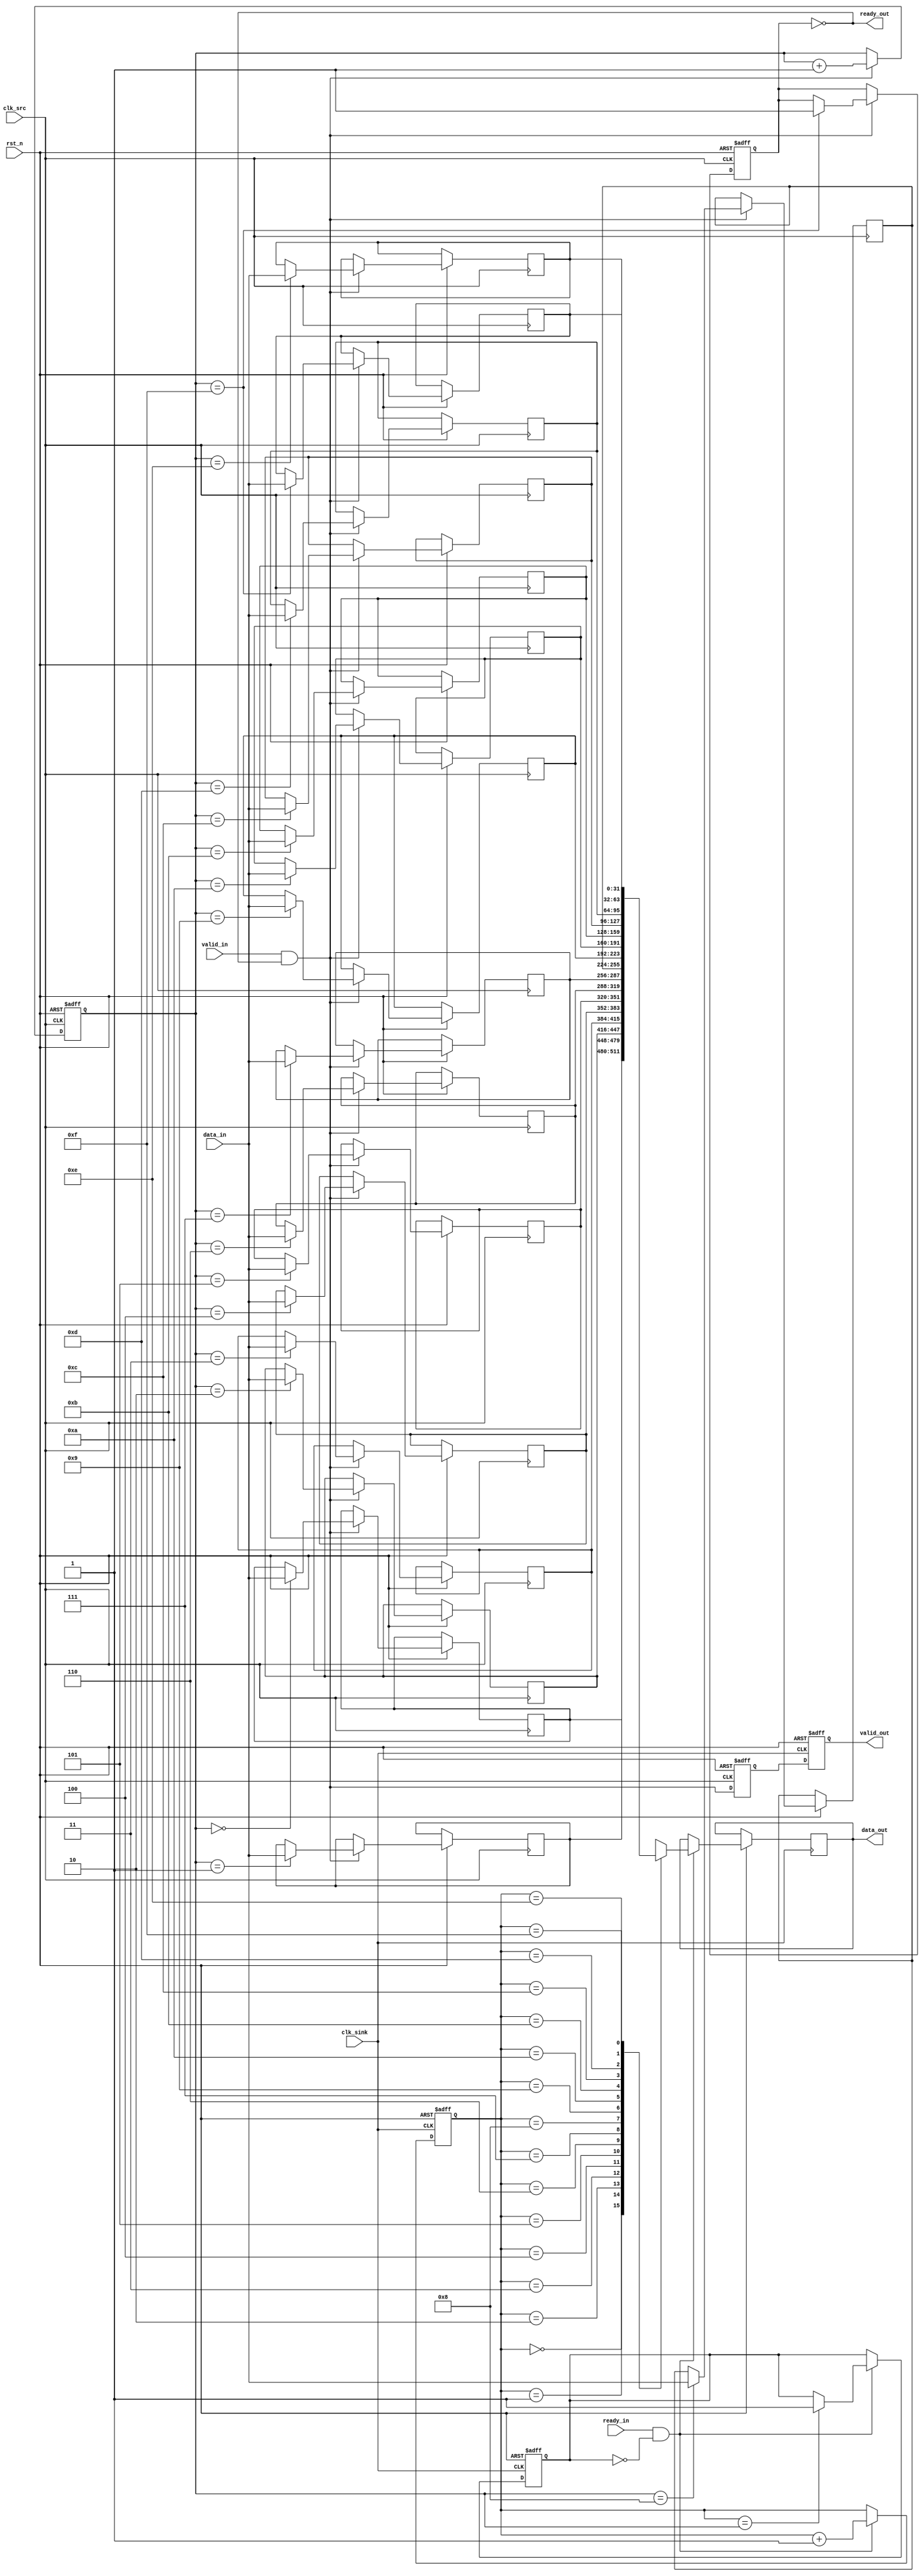
module burst_mode_synchronizer #(
    parameter DATA_WIDTH = 32,
    parameter FIFO_DEPTH = 16
)(
    input wire clk_src,           // Source clock
    input wire clk_sink,          // Sink clock
    input wire rst_n,             // Active low reset
    input wire [DATA_WIDTH-1:0] data_in, // Data input from source
    input wire valid_in,          // Valid signal from source
    output wire ready_out,        // Ready signal for source
    output wire [DATA_WIDTH-1:0] data_out, // Data output to sink
    output wire valid_out,        // Valid signal to sink
    input wire ready_in           // Ready signal from sink
);

    // FIFO buffer
    reg [DATA_WIDTH-1:0] fifo [0:FIFO_DEPTH-1];
    reg [3:0] write_ptr, read_ptr;
    reg fifo_full, fifo_empty;

    // Synchronization registers
    reg valid_sync;
    reg ready_sync;

    // Handshake signals
    reg valid_reg;
    reg ready_reg;

    // FIFO write logic
    always @(posedge clk_src or negedge rst_n) begin
        if (!rst_n) begin
            write_ptr <= 0;
            fifo_full <= 0;
        end else if (valid_in && !fifo_full) begin
            fifo[write_ptr] <= data_in;
            write_ptr <= write_ptr + 1;
            if (write_ptr == FIFO_DEPTH - 1)
                fifo_full <= 1;
        end
    end

    // FIFO read logic
    always @(posedge clk_sink or negedge rst_n) begin
        if (!rst_n) begin
            read_ptr <= 0;
            fifo_empty <= 1;
        end else if (ready_in && !fifo_empty) begin
            data_out <= fifo[read_ptr];
            read_ptr <= read_ptr + 1;
            if (read_ptr == write_ptr)
                fifo_empty <= 1;
        end
    end

    // Valid and Ready signal management
    always @(posedge clk_src or negedge rst_n) begin
        if (!rst_n) begin
            valid_reg <= 0;
        end else begin
            valid_reg <= valid_in && !fifo_full;
        end
    end

    always @(posedge clk_sink or negedge rst_n) begin
        if (!rst_n) begin
            ready_sync <= 0;
        end else begin
            ready_sync <= ready_in && !fifo_empty;
        end
    end

    // Synchronizing valid signal to sink clock domain
    always @(posedge clk_sink or negedge rst_n) begin
        if (!rst_n) begin
            valid_sync <= 0;
        end else begin
            valid_sync <= valid_reg;
        end
    end

    // Output assignments
    assign valid_out = valid_sync;
    assign ready_out = !fifo_full;

endmodule